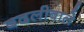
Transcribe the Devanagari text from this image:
बदलीवाले